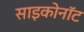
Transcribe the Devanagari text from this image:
साइकोनॉट